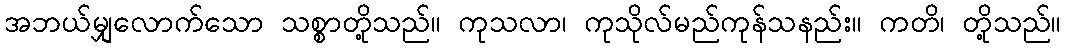
အဘယ်မျှလောက်သော သစ္စာတို့သည်။ ကုသလာ၊ ကုသိုလ်မည်ကုန်သနည်း။ ကတိ၊ တို့သည်။